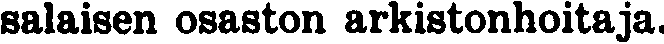
salaisen osaston arkistonhoitaja.